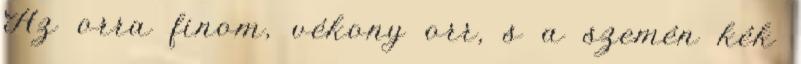
Az orra finom, vékony orr, s a szemén kék